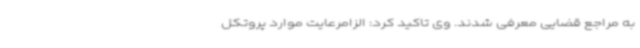
به مراجع قضایی معرفی شدند. وی تاکید کرد: الزامرعایت موارد پروتکل